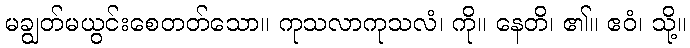
မချွတ်မယွင်းစေတတ်သော။ ကုသလာကုသလံ၊ ကို။ နေတိ၊ ၏။ ဧဝံ၊ သို့။